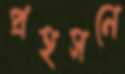
প্রহসনে